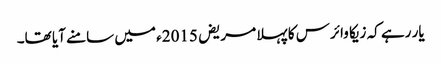
یار رہے کہ زیکا وائرس کا پہلا مریض 2015ء میں سامنے آیا تھا۔